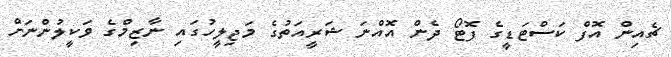
ޗެއިން އޮފް ކަސްޓަޑީގެ ފޮޓޯ ދެން އޮއްނަ ޝަރީއަތުގެ މަޖިލީހުގައި ނާޒިމްގެ ވަކީލުންނަށް